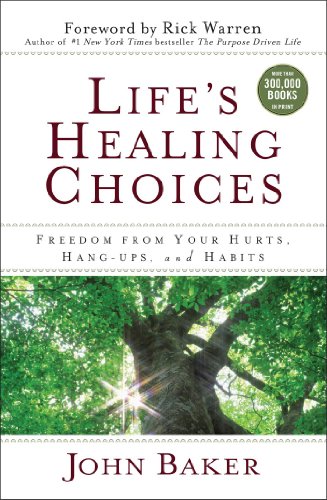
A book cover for Life's Healing Choices: Freedom from Your Hurts, Hang-ups, and Habits; John Baker; Christian Books & Bibles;